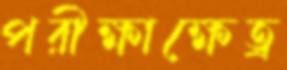
পরীক্ষাক্ষেত্র